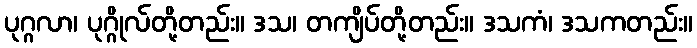
ပုဂ္ဂလာ၊ ပုဂ္ဂိုလ်တို့တည်း။ ဒသ၊ တကျိပ်တို့တည်း။ ဒသကံ၊ ဒသကတည်း။